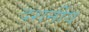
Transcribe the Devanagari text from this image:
दशर्नीय